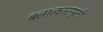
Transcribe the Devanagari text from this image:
बलात्कारापुरती